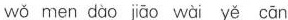
wǒ men dào jiao wài yě cān